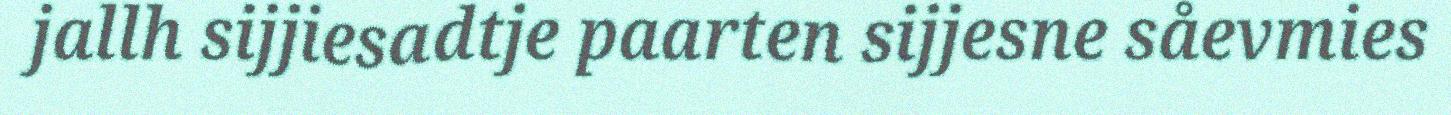
jallh sijjiesadtje paarten sijjesne såevmies